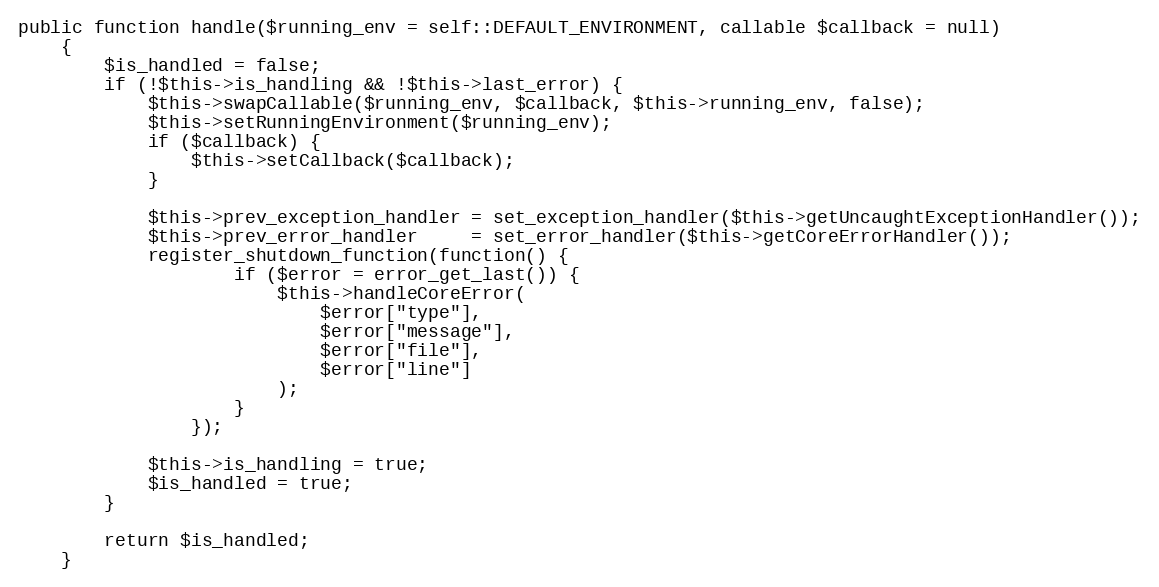
Language: PHP
public function handle($running_env = self::DEFAULT_ENVIRONMENT, callable $callback = null)
    {
        $is_handled = false;
        if (!$this->is_handling && !$this->last_error) {
            $this->swapCallable($running_env, $callback, $this->running_env, false);
            $this->setRunningEnvironment($running_env);
            if ($callback) {
                $this->setCallback($callback);
            }

            $this->prev_exception_handler = set_exception_handler($this->getUncaughtExceptionHandler());
            $this->prev_error_handler     = set_error_handler($this->getCoreErrorHandler());
            register_shutdown_function(function() {
                    if ($error = error_get_last()) {
                        $this->handleCoreError(
                            $error["type"],
                            $error["message"],
                            $error["file"],
                            $error["line"]
                        );
                    }
                });

            $this->is_handling = true;
            $is_handled = true;
        }

        return $is_handled;
    }